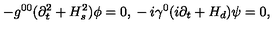
- g ^ { 0 0 } ( \partial _ { t } ^ { 2 } + H _ { s } ^ { 2 } ) \phi = 0 , { } - i \gamma ^ { 0 } ( i \partial _ { t } + H _ { d } ) \psi = 0 ,